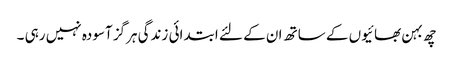
چھ بہن بھائیوں کے ساتھ ان کے لئے ابتدائی زندگی ہرگز آسودہ نہیں رہی ۔